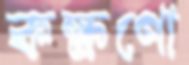
কক্ষণো